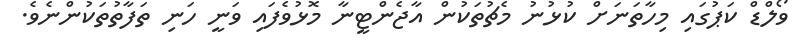
ވޯލްޑް ކަޕުގައި މިހާތަނަށް ކުޅުނު މެޗުތަކުން އާޖެންޓީނާ މޮޅުވެފައި ވަނީ ހަނި ތަފާތުތަކުންނެވެ.